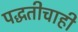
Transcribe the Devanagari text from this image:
पद्धतीचाही